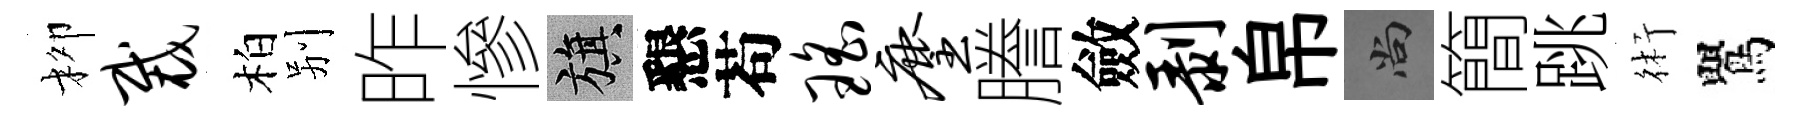
柳裁柏别昨慘旗懇苟瑶麈謄斂剥帛尚簡跳術鸎